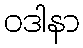
ဝဒါနာ